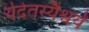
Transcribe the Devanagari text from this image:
र्यदेतस्यैश्वर्यं